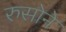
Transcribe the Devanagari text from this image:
रुसोने